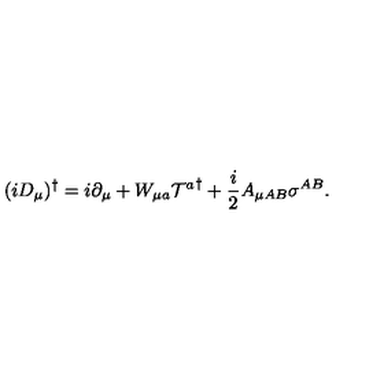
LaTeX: ( i D _ { \mu } ) ^ { \dagger } = i \partial _ { \mu } + W _ { { \mu } a } { { \cal T } ^ { a } } ^ { \dagger } + { \frac { i } { 2 } } A _ { \mu { A B } } { \sigma } ^ { A B } .